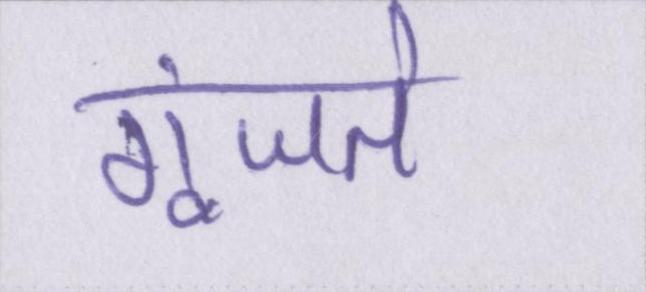
गूंजते